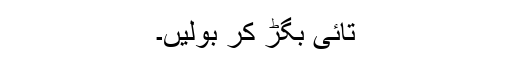
تائی بگڑ کر بولیں۔